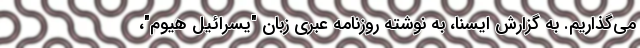
می‌گذاریم. به گزارش ایسنا، به نوشته روزنامه عبری زبان "یسرائیل هیوم"،